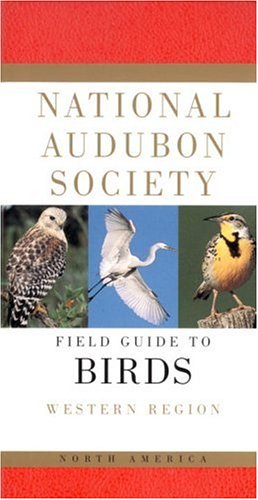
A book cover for National Audubon Society Field Guide to North American Birds, Western Region; Miklos D. F. Udvardy; Science & Math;